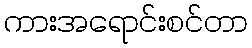
ကားအရောင်းစင်တာ